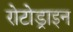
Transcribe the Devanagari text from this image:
रोटोड्राइन